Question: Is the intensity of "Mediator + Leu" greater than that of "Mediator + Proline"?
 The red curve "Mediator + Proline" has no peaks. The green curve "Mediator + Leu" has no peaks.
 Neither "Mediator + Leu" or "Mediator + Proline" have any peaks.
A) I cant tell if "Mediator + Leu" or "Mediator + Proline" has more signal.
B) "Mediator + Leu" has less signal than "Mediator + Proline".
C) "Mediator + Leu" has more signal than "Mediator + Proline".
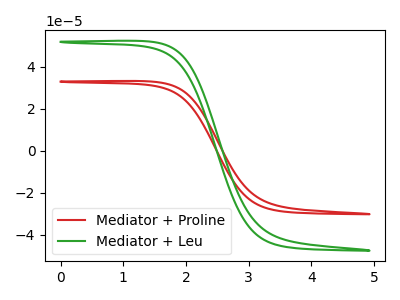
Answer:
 <answer>A) I cant tell if "Mediator + Leu" or "Mediator + Proline" has more signal.</answer>
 <eval>A</eval>